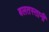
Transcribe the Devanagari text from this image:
बलतस्तानी